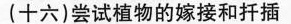
(十六)尝试植物的嫁接和扦插